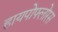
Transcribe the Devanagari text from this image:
हायपोफ्लोरस